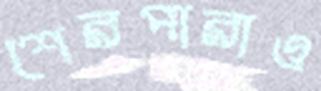
শেরপারাও